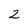
Character: 2